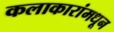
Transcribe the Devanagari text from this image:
कलाकारांमधून